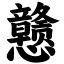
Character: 戆